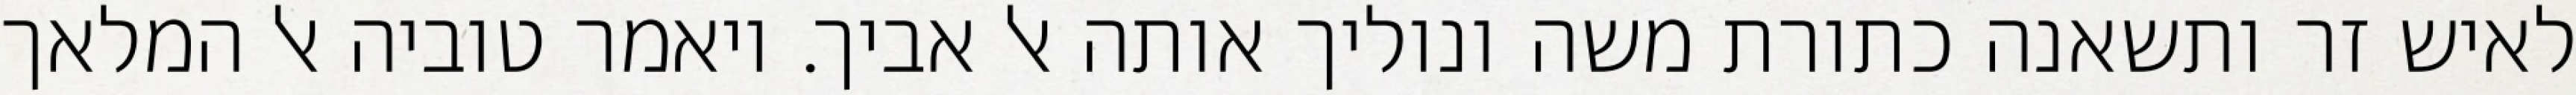
לאיש זר ותשאנה כתורת משה ונוליך אותה אל אביך. ויאמר טוביה אל המלאך